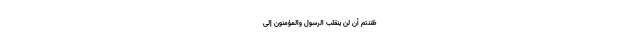
ظَنَنْتُمْ أَنْ لَنْ يَنْقَلِبَ الرَّسُولُ وَالْمُؤْمِنُونَ إِلَى